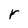
Character: r